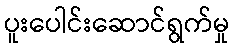
ပူးပေါင်းဆောင်ရွက်မှု